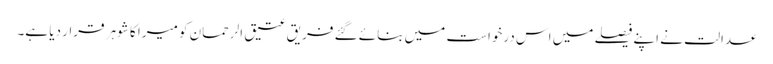
عدالت نے اپنے فیصلے میں اس درخواست میں بنائے گئے فریق عتیق الرحمان کو میرا کا شوہر قرار دیا ہے۔